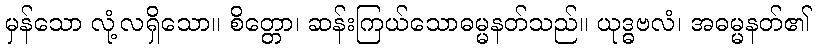
မှန်သော လုံ့လရှိသော။ စိတ္တော၊ ဆန်းကြယ်သောဓမ္မနတ်သည်။ ယုဒ္ဓဗလံ၊ အဓမ္မနတ်၏